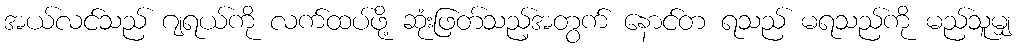
အယ်လင်သည် ဂျရယ်ကို လက်ထပ်ဖို့ ဆုံးဖြတ်သည့်အတွက် နောင်တ ရသည် မရသည်ကို မည်သူမျှ